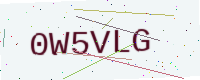
Text: 0W5VLG